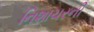
નિશાચરની